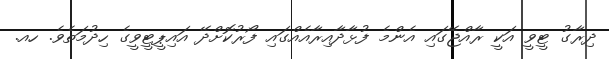
ދިރާގު ޓީވީ އަކީ ރާއްޖޭގައި އެންމެ ފުޅާދާއިރާއެއްގައި ފޯރުކޮށްދޭ އައިޕީޓީވީގެ ހިދުމަތެވެ. ހއ.